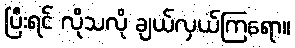
ပြီးရင် လိုသလို ချယ်လှယ်ကြရော။